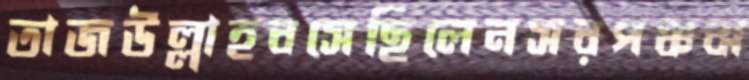
তাজউল্লাহবসেছিলেনসরপঞ্চঝ